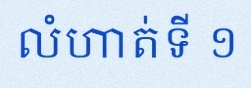
លំហាត់ទី ១